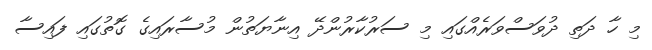
މި ހާ ދަތި ދުވަސްވަރެއްގައި މި ސަރުކާރުންދޭ އިނާޔަތުން މުސާރައިގެ ގޮތުގައި ފައިސާ